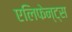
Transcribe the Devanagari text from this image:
एलिफेन्ट्स